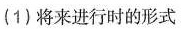
(1)将来进行时的形式